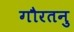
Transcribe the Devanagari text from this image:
गौरतनु